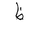
Letter: _za